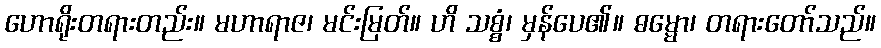
ဟောရိုးတရားတည်း။ မဟာရာဇ၊ မင်းမြတ်။ ဟိ သစ္စံ၊ မှန်ပေ၏။ ဓမ္မော၊ တရားတော်သည်။